Plague in India, 1896, 1897 - Volume 3
Year: 1896
Disease focus: Plague
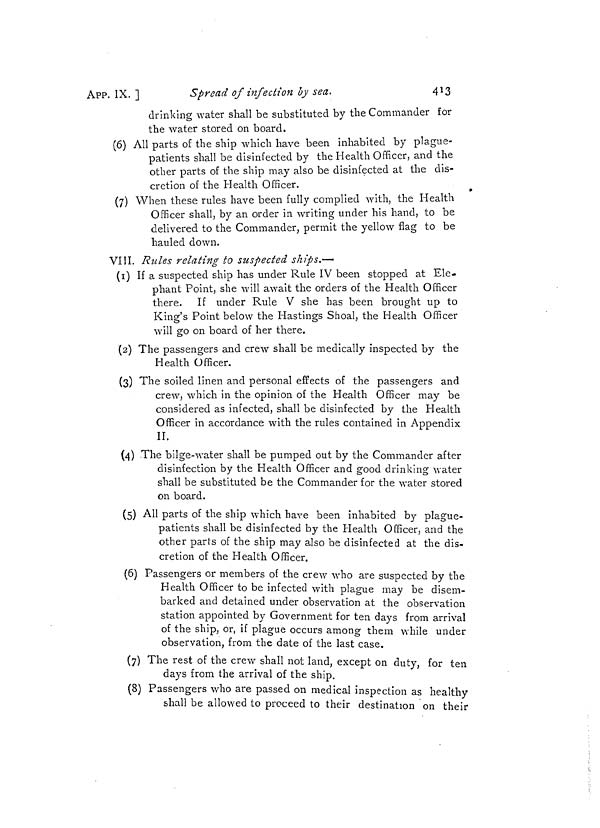
43
APP. IX. l
Spread of infection by sea.
drinking water shall be substituted by the Commander for
the water stored on board.
(6) All parts oC the ship which have been inhabited by plague-
patients shall be disinfected by the Health Officer, and the
other parts of the ship may also be disinfected at the dis-
cretion of the Health Officer.
(7) When these rules have been fully complied with, the Health
Officer shall, by an order in writing under his hand, to be
delivered to the Commander, permit the yellow flag to be
hauled down.
VIII. Rules relating to suspected ships,—
(1) If a suspected ship has under Rule IV been stopped at Ele-
phant Point, she will await the orders of the Health Officer
there. If under Rule V she has been brought up to
King's Point below the Hastings Shoal, the Health Officer
will go on board of her there.
(2) The passengers and crew shall be medically inspected by the
Health Officer.
(3) The soiled linen and personal effects of the passengers and
crew, which in the opinion of the Health Officer may be
considered as infected, shall be disinfected by the Health
Officer in accordance with the rules contained in Appendix
II.
(4) The bilge-water shall be pumped out by the Commander after
disinfection by the Health Officer and good drinking water
shall be substituted be the Commander for the water stored
on board.
(5) All parts of the ship which have been inhabited by plague-
patients shall be disinfected by the Health Officer, and the
other parts of the ship may also be disinfected at the dis-
cretion of the Health Officer.
(6) Passengers or members of the crew who are suspected by the
Health Officer to be infected with plague may be disem-
barked and detained under observation at the observation
station appointed by Government for ten days from arrival
of the ship, or, if plague occurs among them while under
observation, from the date of the last case.
(7) The rest of the crew shall not land, except on duty, for ten
days from the arrival of the ship.
(8) Passengers who are passed on medical inspection as healthy
shall be allowed to proceed to their destination
their